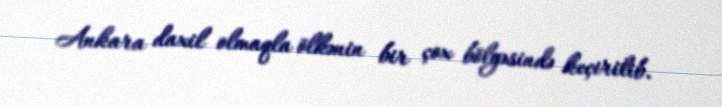
Ankara daxil olmaqla ölkənin bir çox bölgəsində keçirilib.